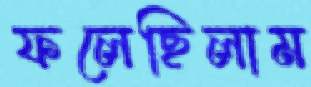
ফলেছিলাম